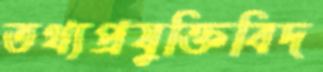
তথ্যপ্রযুক্তিবিদ